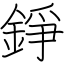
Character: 錚